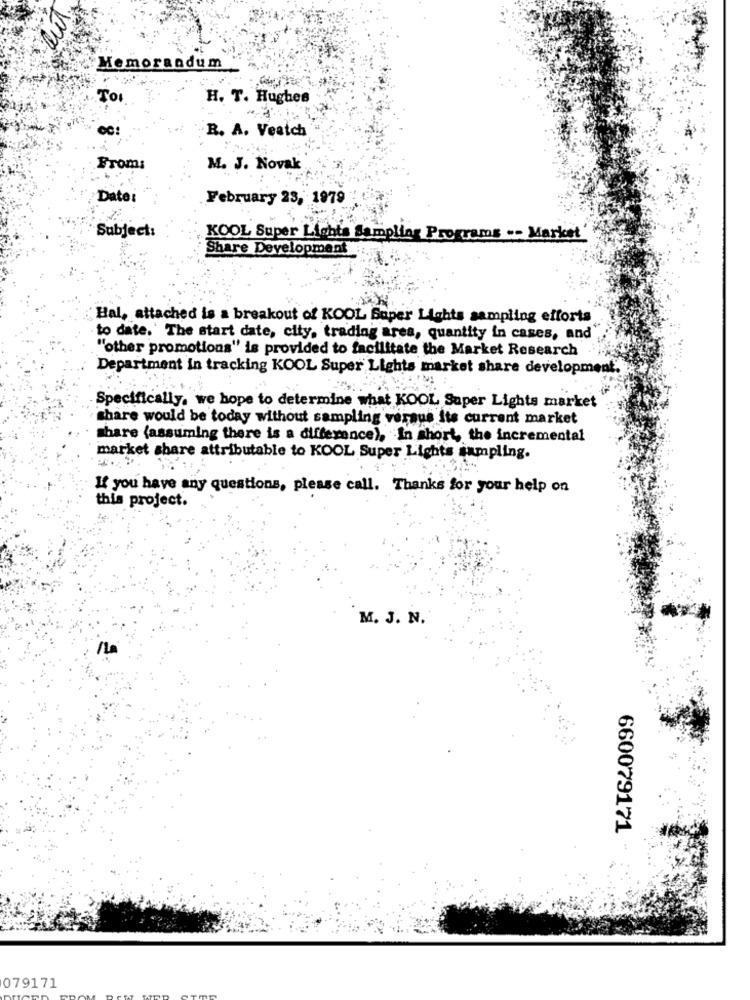
Memorandum
To:
H. T. Hughes
R. A. Veatch
From:
M. J. Novak
Date
February 23, 1979
Subject:
KOOL Super Lights Sampling Programs -- Market'
Share Development
Hal, attached is a breakout of KOOL Super Lights sampling efforts
to date. The start date, city, trading area, quantity in cases, and
"other promotions" is provided to facilitate the Market Research
Department in tracking KOOL Super Lights market share development.
Specifically, we hope to determine what KOOL Super Lights market
share would be today without sampling versus its current market
Share (assuming there is a difference), In short, the incremental
market share attributable to KOOL Super Lights sampling.
If you have any questions, please call. Thanks for your help on
this project.
M. J. N.
660079171
079171